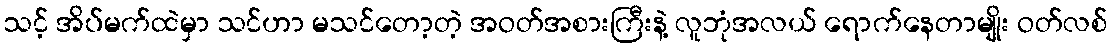
သင့် အိပ်မက်ထဲမှာ သင်ဟာ မသင်တော့တဲ့ အဝတ်အစားကြီးနဲ့ လူဘုံအလယ် ရောက်နေတာမျိုး ဝတ်လစ်